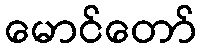
မောင်တော်